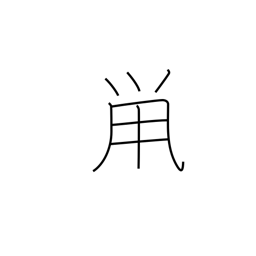
Meaning: dark gray